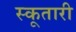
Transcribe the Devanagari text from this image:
स्कूतारी